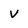
Character: V